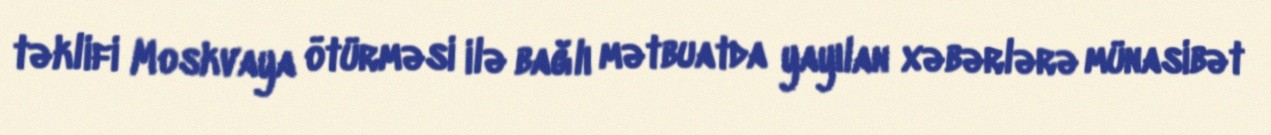
təklifi Moskvaya ötürməsi ilə bağlı mətbuatda yayılan xəbərlərə münasibət